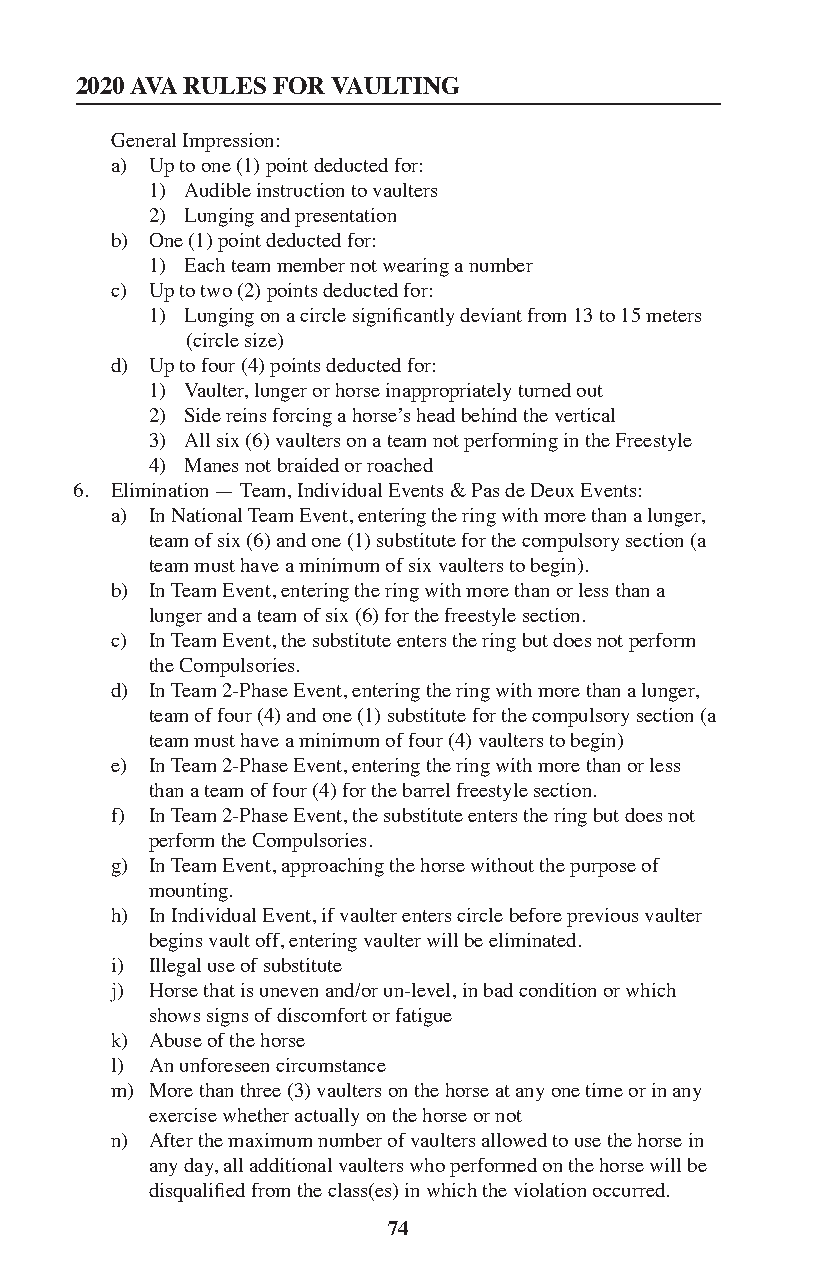
2020 AVA RULES FOR VAULTING
 General Impression:
 a) Up to one (1) point deducted for:
 1) Audible instruction to vaulters
 2) Lunging and presentation
 b) One (1) point deducted for:
 1) Each team member not wearing a number
 c) Up to two (2) points deducted for:
 1) Lunging on a circle significantly deviant from 13 to 15 meters
 (circle size)
 d) Up to four (4) points deducted for:
 1) Vaulter, lunger or horse inappropriately turned out
 2) Side reins forcing a horse’s head behind the vertical
 3) All six (6) vaulters on a team not performing in the Freestyle
 4) Manes not braided or roached
 6. Elimination — Team, Individual Events & Pas de Deux Events:
 a) In National Team Event, entering the ring with more than a lunger,
 team of six (6) and one (1) substitute for the compulsory section (a
 team must have a minimum of six vaulters to begin).
 b) In Team Event, entering the ring with more than or less than a
 lunger and a team of six (6) for the freestyle section.
 c) In Team Event, the substitute enters the ring but does not perform
 the Compulsories.
 d) In Team 2-Phase Event, entering the ring with more than a lunger,
 team of four (4) and one (1) substitute for the compulsory section (a
 team must have a minimum of four (4) vaulters to begin)
 e) In Team 2-Phase Event, entering the ring with more than or less
 than a team of four (4) for the barrel freestyle section.
 f) In Team 2-Phase Event, the substitute enters the ring but does not
 perform the Compulsories.
 g) In Team Event, approaching the horse without the purpose of
 mounting.
 h) In Individual Event, if vaulter enters circle before previous vaulter
 begins vault off, entering vaulter will be eliminated.
 i) Illegal use of substitute
 j) Horse that is uneven and/or un-level, in bad condition or which
 shows signs of discomfort or fatigue
 k) Abuse of the horse
 l) An unforeseen circumstance
 m) More than three (3) vaulters on the horse at any one time or in any
 exercise whether actually on the horse or not
 n) After the maximum number of vaulters allowed to use the horse in
 any day, all additional vaulters who performed on the horse will be
 disqualified from the class(es) in which the violation occurred.
 74